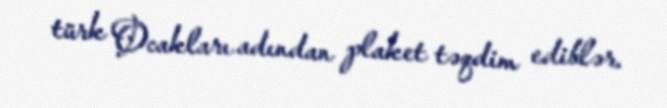
türk Ocakları adından plaket təqdim ediblər.